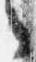
々